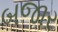
બજાર